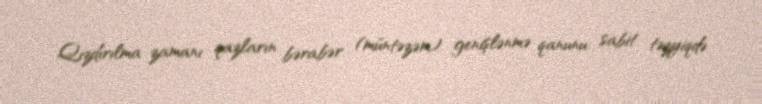
Qızdırılma zamanı qazların bərabər (müntəzəm) genişlənmə qanunu: sabit təzyiqdə